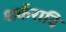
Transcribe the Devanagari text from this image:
शर्करादि